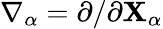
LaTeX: \nabla_{\alpha}=\partial/\partial{\mathbf{X}}_{\alpha}